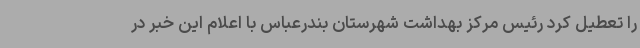
را تعطیل کرد رئیس مرکز بهداشت شهرستان بندرعباس با اعلام این خبر در